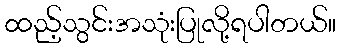
ထည့်သွင်းအသုံးပြုလို့ရပါတယ်။